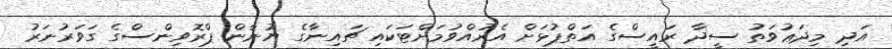
އަދި މިދަޢުވަތު ސީދާ ރައީސްގެ އަތްޕުޅަށް އެރުއްވުމަށްޓަކައި ޗައިނާގެ ޔުނާން ޕްރޮވިންސްގެ ގަވަރުނަރު